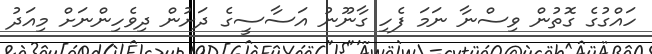
ހައްގުގެ ގޮތުން ވިސްނާ ނަމަ ފެހި ގާނޫނު އަސާސީގެ ދަށުން ދިވެހިންނަށް މިއަދު